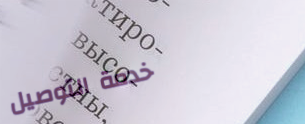
خدمة التوصيل